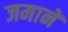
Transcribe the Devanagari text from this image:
जमानें